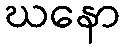
ဃနော